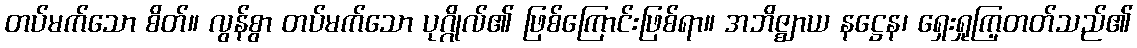
တပ်မက်သော စိတ်။ လွန်စွာ တပ်မက်သော ပုဂ္ဂိုလ်၏ ဖြစ်ကြောင်းဖြစ်ရာ။ အဘိဇ္ဈာယ နဋ္ဌေန၊ ရှေးရှုကြ့တတ်သည်၏